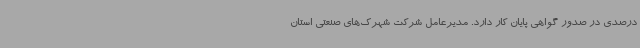
درصدی در صدور گواهی پایان کار دارد. مدیرعامل شرکت شهرک‌های صنعتی استان